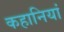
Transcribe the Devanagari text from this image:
कहानियां